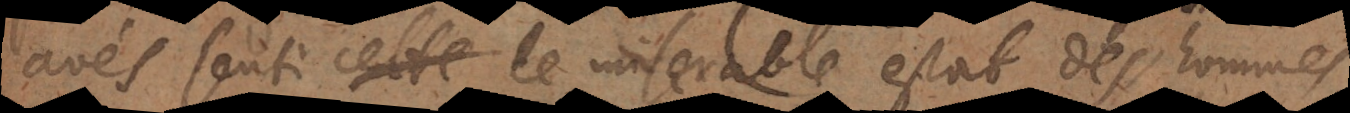
avés senti le miserable estat des hommes